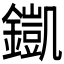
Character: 𨬫